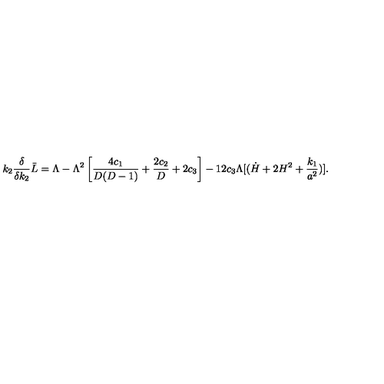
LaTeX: k _ { 2 } { \frac { \delta } { \delta k _ { 2 } } } \bar { L } = \Lambda - \Lambda ^ { 2 } \left[ { \frac { 4 c _ { 1 } } { D ( D - 1 ) } } + { \frac { 2 c _ { 2 } } { D } } + 2 c _ { 3 } \right] - 1 2 c _ { 3 } \Lambda [ ( \dot { H } + 2 H ^ { 2 } + { \frac { k _ { 1 } } { a ^ { 2 } } } ) ] .